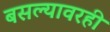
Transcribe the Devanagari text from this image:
बसल्यावरही